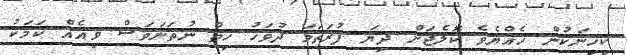
ކިހިނަކުން ހެއްޔެވެ ކޮލެޖަށް ދިޔަ ފުރަތަމަ ދުވަހު ހިތް ނުތަނަވަސް ވިއެއް ކަމަކު